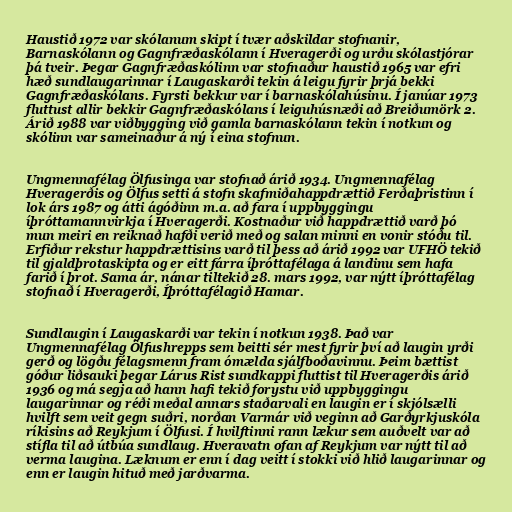
Haustið 1972 var skólanum skipt í tvær aðskildar stofnanir,
Barnaskólann og Gagnfræðaskólann í Hveragerði og urðu skólastjórar
þá tveir. Þegar Gagnfræðaskólinn var stofnaður haustið 1965 var efri
hæð sundlaugarinnar í Laugaskarði tekin á leigu fyrir þrjá bekki
Gagnfræðaskólans. Fyrsti bekkur var í barnaskólahúsinu. Í janúar 1973
fluttust allir bekkir Gagnfræðaskólans í leiguhúsnæði að Breiðumörk 2.
Árið 1988 var viðbygging við gamla barnaskólann tekin í notkun og
skólinn var sameinaður á ný í eina stofnun.

Ungmennafélag Ölfusinga var stofnað árið 1934. Ungmennafélag
Hveragerðis og Ölfus setti á stofn skafmiðahappdrættið Ferðaþristinn í
lok árs 1987 og átti ágóðinn m.a. að fara í uppbyggingu
íþróttamannvirkja í Hveragerði. Kostnaður við happdrættið varð þó
mun meiri en reiknað hafði verið með og salan minni en vonir stóðu til.
Erfiður rekstur happdrættisins varð til þess að árið 1992 var UFHÖ tekið
til gjaldþrotaskipta og er eitt fárra íþróttafélaga á landinu sem hafa
farið í þrot. Sama ár, nánar tiltekið 28. mars 1992, var nýtt íþróttafélag
stofnað í Hveragerði, Íþróttafélagið Hamar.

Sundlaugin í Laugaskarði var tekin í notkun 1938. Það var
Ungmennafélag Ölfushrepps sem beitti sér mest fyrir því að laugin yrði
gerð og lögðu félagsmenn fram ómælda sjálfboðavinnu. Þeim bættist
góður liðsauki þegar Lárus Rist sundkappi fluttist til Hveragerðis árið
1936 og má segja að hann hafi tekið forystu við uppbyggingu
laugarinnar og réði meðal annars staðarvali en laugin er í skjólsælli
hvilft sem veit gegn suðri, norðan Varmár við veginn að Garðyrkjuskóla
ríkisins að Reykjum í Ölfusi. Í hvilftinni rann lækur sem auðvelt var að
stífla til að útbúa sundlaug. Hveravatn ofan af Reykjum var nýtt til að
verma laugina. Læknum er enn í dag veitt í stokki við hlið laugarinnar og
enn er laugin hituð með jarðvarma.